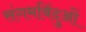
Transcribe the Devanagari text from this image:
संगमबिंदुओं